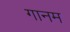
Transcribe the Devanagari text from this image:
गानम